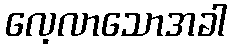
လေ့လာသောအခါ